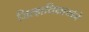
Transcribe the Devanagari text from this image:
जिल्हाधिकार्याने